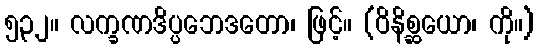
၅၃၂။ လက္ခဏဒိပ္ပဘေဒတော၊ ဖြင့်။ (ဝိနိစ္ဆယော၊ ကို။)